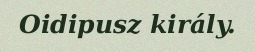
Oidipusz király.